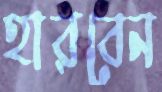
হারবেন